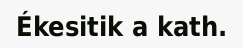
Ékesitik a kath.